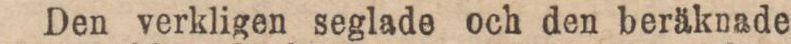
Den verkligen seglade och den beräknade